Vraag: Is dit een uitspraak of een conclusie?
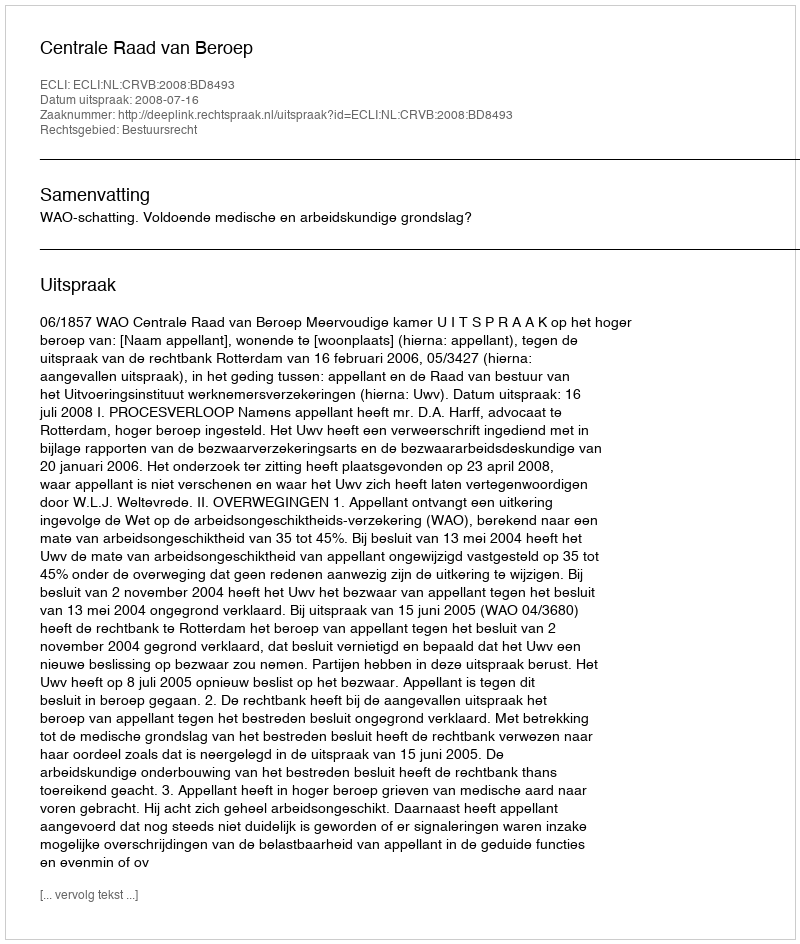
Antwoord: Uitspraak